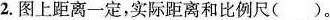
2.图上距离一定，实际距离和比例尺()。